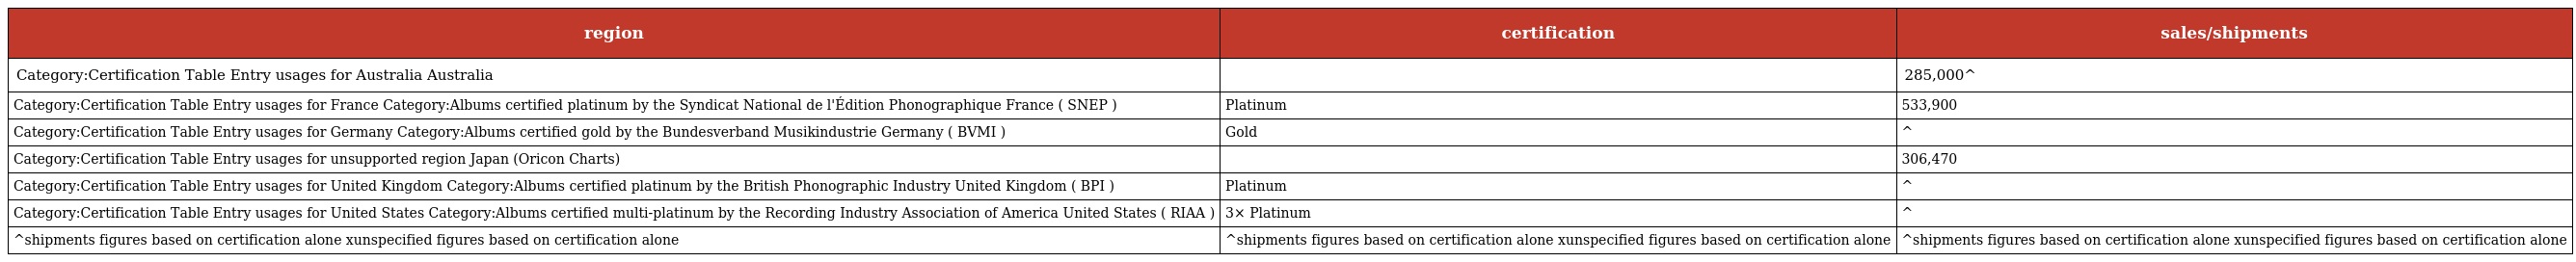
| region | certification | sales/shipments |
 | --- | --- | --- |
 | Category:Certification Table Entry usages for Australia Australia |  | 285,000^ |
 | Category:Certification Table Entry usages for France Category:Albums certified platinum by the Syndicat National de l'Édition Phonographique France ( SNEP ) | Platinum | 533,900 |
 | Category:Certification Table Entry usages for Germany Category:Albums certified gold by the Bundesverband Musikindustrie Germany ( BVMI ) | Gold | ^ |
 | Category:Certification Table Entry usages for unsupported region Japan (Oricon Charts) |  | 306,470 |
 | Category:Certification Table Entry usages for United Kingdom Category:Albums certified platinum by the British Phonographic Industry United Kingdom ( BPI ) | Platinum | ^ |
 | Category:Certification Table Entry usages for United States Category:Albums certified multi-platinum by the Recording Industry Association of America United States ( RIAA ) | 3× Platinum | ^ |
 | ^shipments figures based on certification alone xunspecified figures based on certification alone | ^shipments figures based on certification alone xunspecified figures based on certification alone | ^shipments figures based on certification alone xunspecified figures based on certification alone |